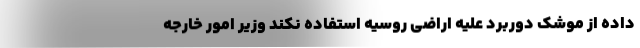
داده از موشک‌ دوربرد علیه اراضی روسیه استفاده نکند وزیر امور خارجه